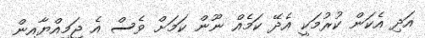
އަދި އެކަން ކުރުމަކީ އެދޭ ކަމެއް ނޫން ކަމަށް ވެސް އެ ޖަމިއްޔާއިން